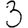
Digit: 3